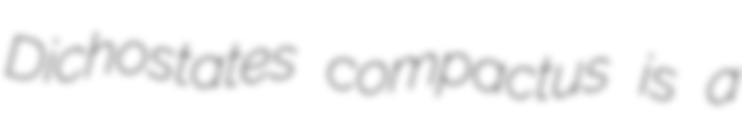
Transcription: Dichostates compactus is a